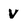
Character: v